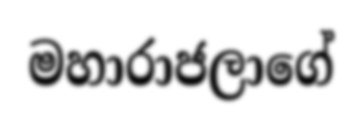
මහාරාජලාගේ